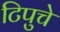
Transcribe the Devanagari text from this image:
टिपुचे